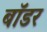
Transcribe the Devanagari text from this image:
बाॅडर